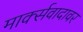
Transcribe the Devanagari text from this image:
मार्क्सवादावर